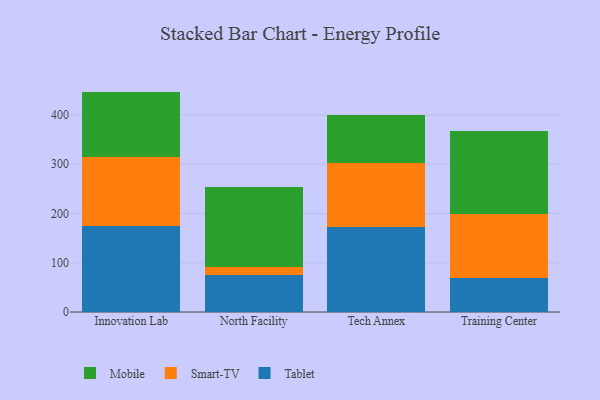
{"axis": {"x": "Campus", "y": "Revenue (USD Million)"}, "legend": ["Mobile", "Smart-TV", "Tablet"], "data": [{"x": "Innovation Lab", "y": 175.3, "type": "Tablet"}, {"x": "Innovation Lab", "y": 139.4, "type": "Smart-TV"}, {"x": "Innovation Lab", "y": 132.6, "type": "Mobile"}, {"x": "North Facility", "y": 75.2, "type": "Tablet"}, {"x": "North Facility", "y": 15.7, "type": "Smart-TV"}, {"x": "North Facility", "y": 163.6, "type": "Mobile"}, {"x": "Tech Annex", "y": 173.5, "type": "Tablet"}, {"x": "Tech Annex", "y": 129.8, "type": "Smart-TV"}, {"x": "Tech Annex", "y": 95.6, "type": "Mobile"}, {"x": "Training Center", "y": 69.6, "type": "Tablet"}, {"x": "Training Center", "y": 129.5, "type": "Smart-TV"}, {"x": "Training Center", "y": 169.0, "type": "Mobile"}]}